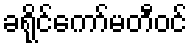
ခရိုင်ကော်မတီဝင်